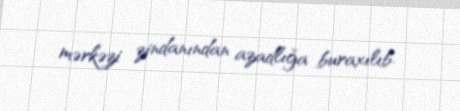
mərkəzi zindanından azadlığa buraxılıb.